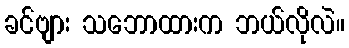
ခင်ဗျား သဘောထားက ဘယ်လိုလဲ။